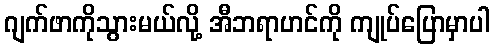
ဂျက်ဖာကိုသွားမယ်လို့ အီဘရာဟင်ကို ကျုပ်ပြောမှာပါ